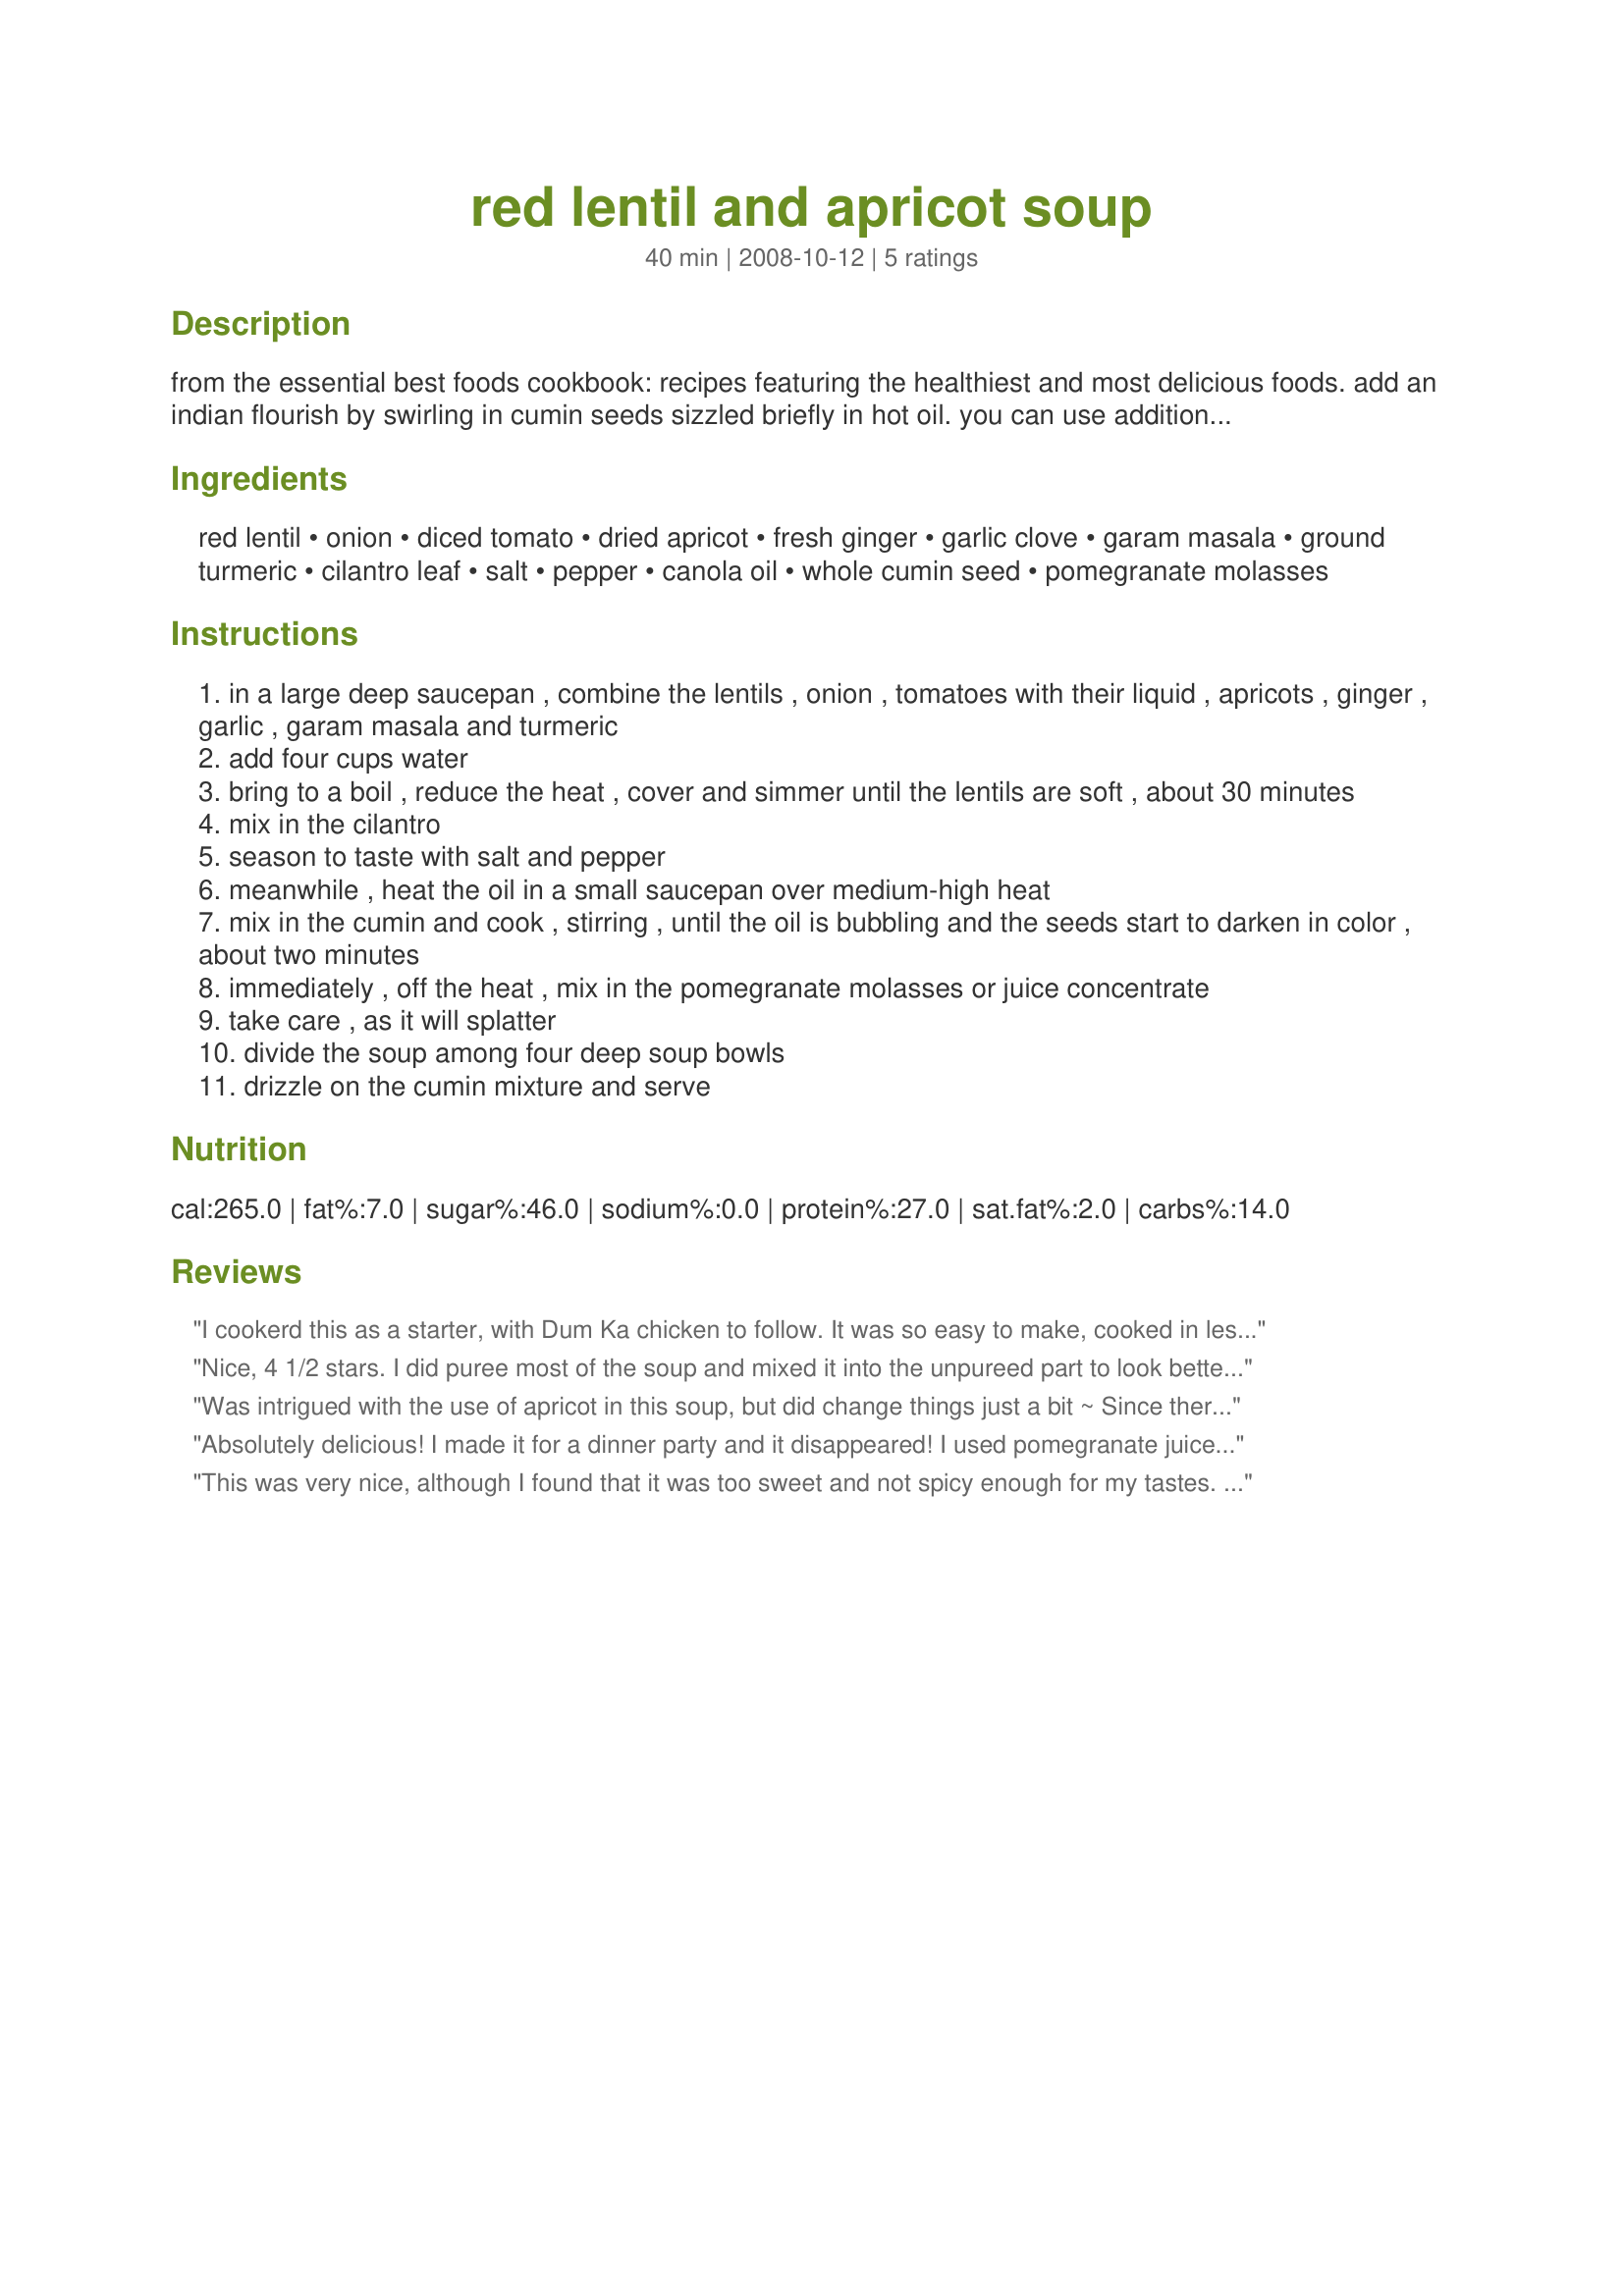
red lentil and apricot soup
Preparation time: 40 minutes

from the essential best foods cookbook: recipes featuring the healthiest and most delicious foods. add an indian flourish by swirling in cumin seeds sizzled briefly in hot oil. you can use additional chopped cilantro if you prefer to keep it practically fat free.

Ingredients:
red lentil, onion, diced tomato, dried apricot, fresh ginger, garlic clove, garam masala, ground turmeric, cilantro leaf, salt, pepper, canola oil, whole cumin seed, pomegranate molasses

Steps:
in a large deep saucepan , combine the lentils , onion , tomatoes with their liquid , apricots , ginger , garlic , garam masala and turmeric
add four cups water
bring to a boil , reduce the heat , cover and simmer until the lentils are soft , about 30 minutes
mix in the cilantro
season to taste with salt and pepper
meanwhile , heat the oil in a small saucepan over medium-high heat
mix in the cumin and cook , stirring , until the oil is bubbling and the seeds start to darken in color , about two minutes
immediately , off the heat , mix in the pomegranate molasses or juice concentrate
take care , as it will splatter
divide the soup among four deep soup bowls
drizzle on the cumin mixture and serve

Reviews:
I cookerd this as a starter, with Dum Ka chicken to follow. It was so easy to make, cooked in less than an hour. I used chicken stock in place of water, just for the extra goodness.
Friends found the flavour to be goodwith a little sweetness. I served it with buttered toast. I also made a proper tarka to spice it up a little. All in all a nice soup. Tagged fo r Lets get souped up, tag game.
Nice, 4 1/2 stars. I did puree most of the soup and mixed it into the unpureed part to look better. I added the cilantro after. It's best not to reheat with the cilantro added as a second time I did that and it wilted and changed from bright green to a dull green. I liked the swirl on top very much. I used, soft dried sulfured orange apricots, a bit less fresh ginger, recipe#279714, sea salt, freshly ground black pepper, extra virgin olive oil in place of the canola oil to be healthier, pomegranate molasses, plus the rest of the ingredients. This was nice for a change for sure but I don't think I will make it encore.
Was intrigued with the use of apricot in this soup, but did change things just a bit ~ Since there were just 2 of us, I used the cumin/pomegranate swirl for just the 1st two bowls, leaving it out for the last two, & the 2 of us really preferred it without! Even so, the soup has a GREAT TASTE, & is something I wouldn't mind making again! [Tagged, made & reviewed for the Let's Get Souped Up Tag Game]
Absolutely delicious! I made it for a dinner party and it disappeared! I used pomegranate juice and it was a great touch.
Thanks so much!
This was very nice, although I found that it was too sweet and not spicy enough for my tastes.

Next time I'll reduce the apricot by a third.

For the tarka, I'll use 3/4 tsp. cumin, 1/2 tsp. or more chile flakes, and the pomegranate molasses (which was a delicious addition).

I'll definitely make this again - thank you!
